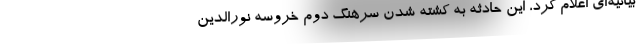
بیانیه‌ای اعلام کرد، این حادثه به کشته شدن سرهنگ دوم خروسه نورالدین